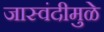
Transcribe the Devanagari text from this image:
जास्वंदीमुळे